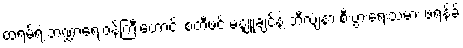
ထရမ့်ရဲ့ ဘဏ္ဍာရေးဝန်ကြီးဟောင်း စတီဖင် မနျူချင်နဲ့ ဘီလျံနာ စီးပွားရေးသမား ဖရန့်ခ်